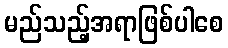
မည်သည့်အရာဖြစ်ပါစေ